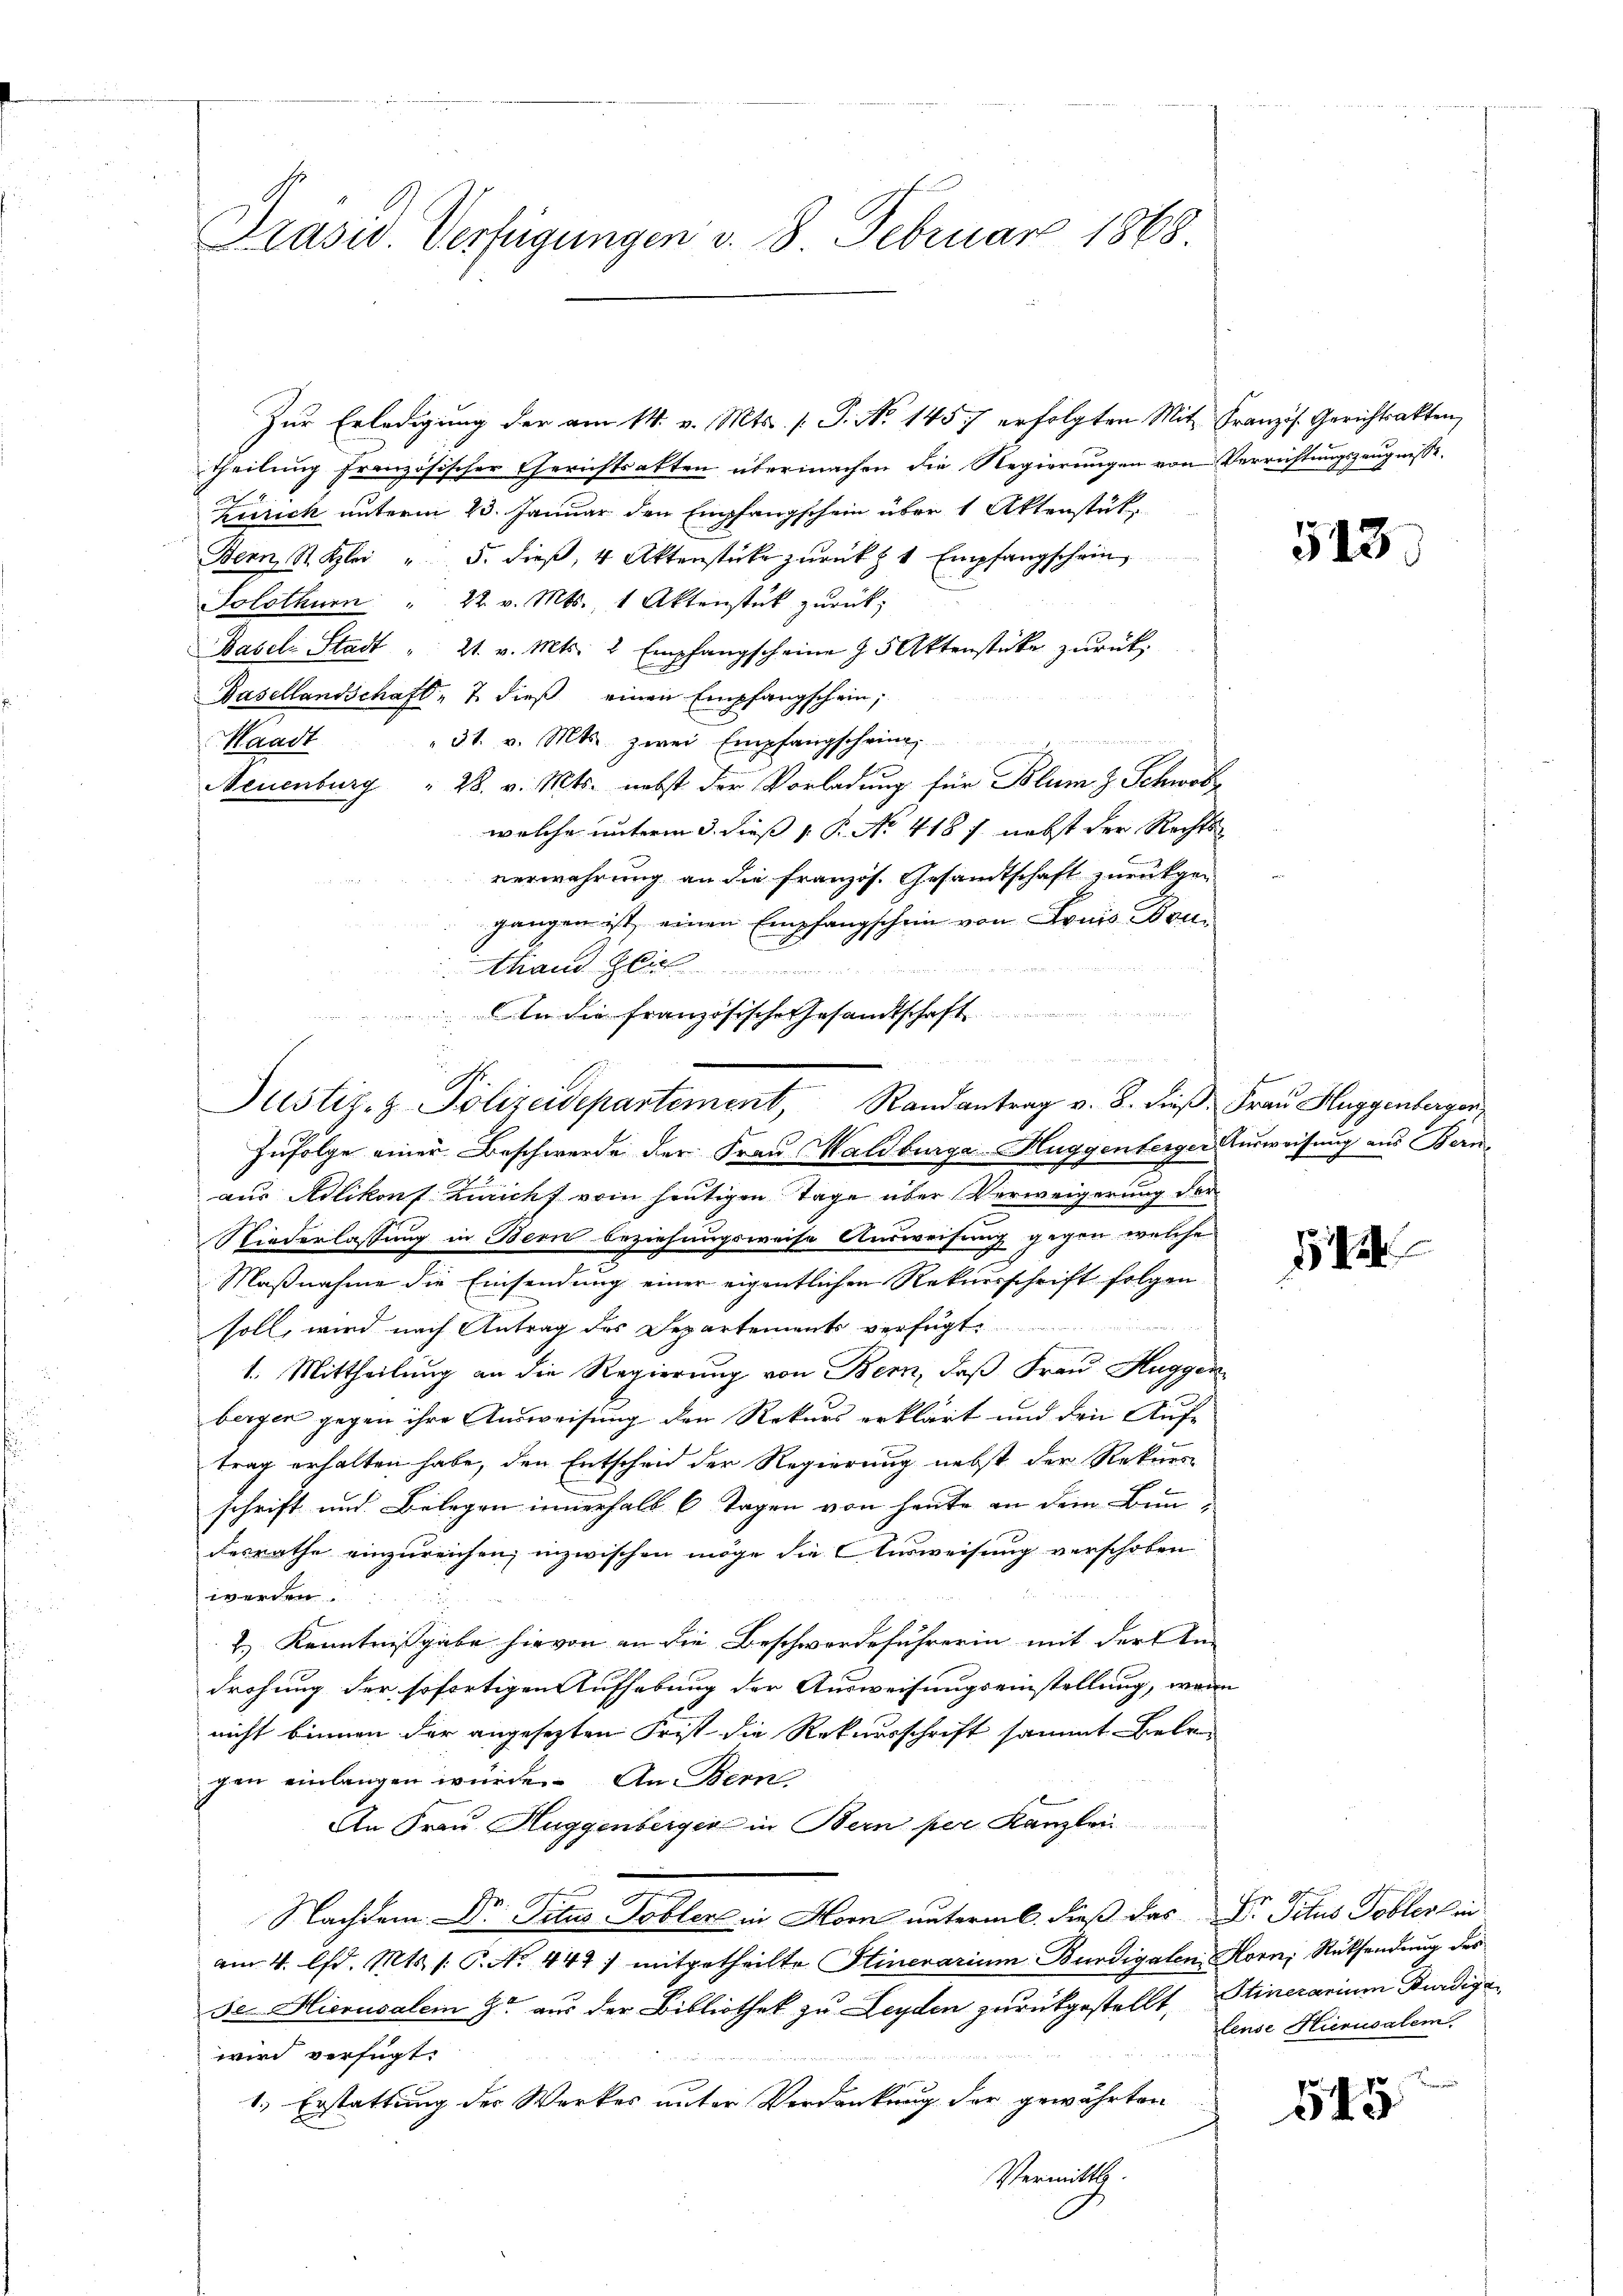
Präsid. Verfügungen d. 8. Februar 1868

theilung französischer Gerichtsakten übermachen die Regierungen von Verrichtungszeugnisse.
Kurich unterm 23. Januar den Empfangschein über 1 Aktenstät,
Bern, St. Klei " 5. dieβ, 4 Aktenstücke zŭrück, 1 Empfangschein
22. v. Mts., 1 Aktenstük zurück;
Solothurn
Basel Stadt " 21. v. Mts. 2 Empfangscheine Z. 5 Aktenstücke zŭrück,
Basellandschaft, u. dieß einen Empfangschein;
31. v. Mts. zwei Empfangschring,
Waadt
28. v. Mts. nebst der Vorladung für Blum z. Schwarz
Neuenburg
welche unterm 3. dieß P. No 418 f. nebst der Rechts
verwahrung an die französ. Gesamtschaft zurückgen
gangen ist, einen Empfangschein von Louis Bru¬
Ahans Gli

Zufolge einer Beschwerde der Frau Waldburga-Huggenberger Ausweisung aus Bernaus Adlikons Züricht vom heutigen Tage über Verweigerung der
Niederlassung in Bern beziehungsweise Ausweisung gegen, welche
Maßnahme die Einsendung einer eigentlichen Rekursschrift folgen
soll, wird nach Antrag des Departements verfügt:
1. Mittheilung an die Regierung von Bern, daß Frau Huggen
bergen gegen ihre Ausweisung den Rekurs erklärt und den Auftrag erhalten habe, den Entscheid der Regierung nebst der Rekurr
schrift und Belegen innerhalb 6 Tagen von heute an dem Bundesrathe einzureichen, inzwischen möge die Ausweisung verschoben
werden.
2.) Kenntnißgabe hievon an die Beschwerdeführerin mit der An-
drohung der sofortigen Aufhebung der Ausweisungseinstellung, wenn
nicht binnen der angesezten Frist die Rekursschrift sammt Bele-
gen einlangen würde. An Bern,
An Frau Huggenberger in Bern per Kanzlei
Nachdem Dr. Titus Tobler in Horn unterml. dieß das Dr. Actus Toblerein
am 4. d. Mts. s. C. No. 442) mitgetheilte Stinerarium Bürdigalen Horni, Rücksendung des
Se. Hierusalem zu aus der Bibliothek zu Leyden zurückgestellt, Stinerarium Bundige
wird verfügt:
1.) Erstattung des Werkes unter Verdankung der gewährten
Vermittl.

An die französische Gesandtschaft
1.
Justiz- & Polizeidepartement, Randantrag v. 8. dieβ. Frau Huggenberger

Zur Erledigung der am 14. v. Mts. (T. No 1457 erfolgten Mit Französ. Gerichtsakten,

25 stet werde de

513.

G

pe
lense Hierusalem

515